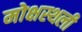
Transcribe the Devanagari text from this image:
मोक्षस्थली